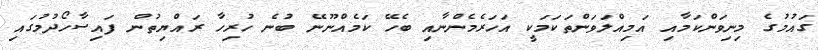
ގައުމުގެ މިނިވަންކަމާއި އަމިއްލަވަންތަކަމަކީ އަހަރެމެންނާއި ބެހޭ ކަމެއްނޫނޭ ބުނެ ހުރިހާ ރައްޔިތުން ފައިސާހޯދުމުގައި